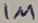
Text: 1M